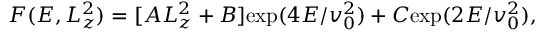
F ( E , L _ { z } ^ { 2 } ) = [ A L _ { z } ^ { 2 } + B ] \mathrm { e x p } ( 4 E / v _ { 0 } ^ { 2 } ) + C \mathrm { e x p } ( 2 E / v _ { 0 } ^ { 2 } ) ,